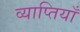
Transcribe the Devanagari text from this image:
व्याप्तियाँ